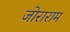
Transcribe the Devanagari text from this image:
जोराराम